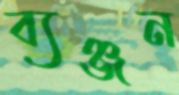
ব্যঞ্জন